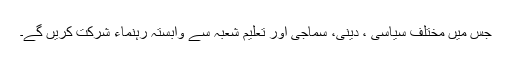
جس میں مختلف سیاسی ، دینی، سماجی اور تعلیم شعبہ سے وابستہ رہنماء شرکت کریں گے۔